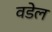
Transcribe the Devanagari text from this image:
वडेल